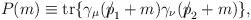
LaTeX: \begin{align*}P(m)\equiv {\rm tr}\{ \gamma_{\mu}( {p\!\!\!\slash}_1 + m)\gamma_{\nu}({p\!\!\!\slash}_2 +m)\},\end{align*}